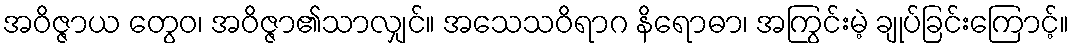
အဝိဇ္ဇာယ တွေဝ၊ အဝိဇ္ဇာ၏သာလျှင်။ အသေသဝိရာဂ နိရောဓာ၊ အကြွင်းမဲ့ ချုပ်ခြင်းကြောင့်။